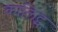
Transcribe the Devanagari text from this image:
कालिट्स